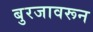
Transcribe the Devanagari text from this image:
बुरजावरून